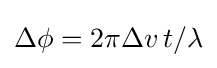
\Delta \phi =2\pi \Delta v\,t/\lambda